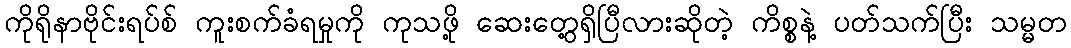
ကိုရိုနာဗိုင်းရပ်စ် ကူးစက်ခံရမှုကို ကုသဖို့ ဆေးတွေ့ရှိပြီလားဆိုတဲ့ ကိစ္စနဲ့ ပတ်သက်ပြီး သမ္မတ